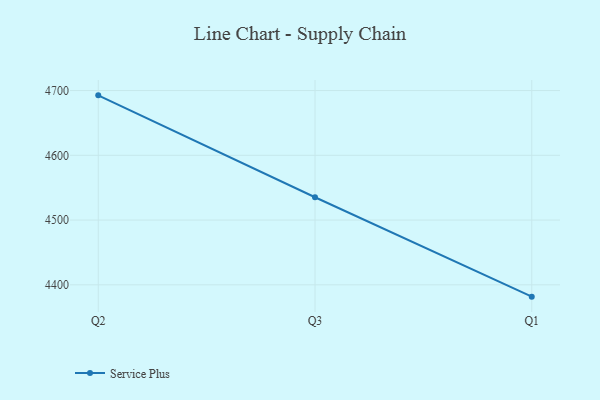
{"axis": {"x": "Quarter", "y": "Production Output"}, "legend": ["Service Plus"], "data": [{"x": "Q2", "y": 4692.6, "type": "Service Plus"}, {"x": "Q3", "y": 4535.2, "type": "Service Plus"}, {"x": "Q1", "y": 4381.7, "type": "Service Plus"}]}